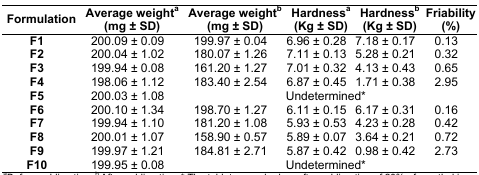
<table><thead><tr><td><b>Formulation</b></td><td><b>Average weighta (mg ± SD)</b></td><td><b>Average weightb (mg ± SD)</b></td><td><b>Hardnessa (Kg ± SD)</b></td><td><b>Hardnessb (Kg ± SD)</b></td><td><b>Friability (%)</b></td></tr></thead><tbody><tr><td><b>F1</b></td><td>200.09 ± 0.09</td><td>199.97 ± 0.04</td><td>6.96 ± 0.28</td><td>7.18 ± 0.17</td><td>0.13</td></tr><tr><td><b>F2</b></td><td>200.04 ± 1.02</td><td>180.07 ± 1.26</td><td>7.11 ± 0.13</td><td>5.28 ± 0.21</td><td>0.32</td></tr><tr><td><b>F3</b></td><td>199.94 ± 0.08</td><td>161.20 ± 1.27</td><td>7.01 ± 0.32</td><td>4.13 ± 0.43</td><td>0.65</td></tr><tr><td><b>F4</b></td><td>198.06 ± 1.12</td><td>183.40 ± 2.54</td><td>6.87 ± 0.45</td><td>1.71 ± 0.38</td><td>2.95</td></tr><tr><td><b>F5</b></td><td>200.03 ± 1.08</td><td colspan="4">Undetermined*</td></tr><tr><td><b>F6</b></td><td>200.10 ± 1.34</td><td>198.70 ± 1.27</td><td>6.11 ± 0.15</td><td>6.17 ± 0.31</td><td>0.16</td></tr><tr><td><b>F7</b></td><td>199.94 ± 1.10</td><td>181.20 ± 1.08</td><td>5.93 ± 0.53</td><td>4.23 ± 0.28</td><td>0.42</td></tr><tr><td><b>F8</b></td><td>200.01 ± 1.07</td><td>158.90 ± 0.57</td><td>5.89 ± 0.07</td><td>3.64 ± 0.21</td><td>0.72</td></tr><tr><td><b>F9</b></td><td>199.97 ± 1.21</td><td>184.81 ± 2.71</td><td>5.87 ± 0.42</td><td>0.98 ± 0.42</td><td>2.73</td></tr><tr><td><b>F10</b></td><td>199.95 ± 0.08</td><td colspan="4">Undetermined*</td></tr></tbody></table>